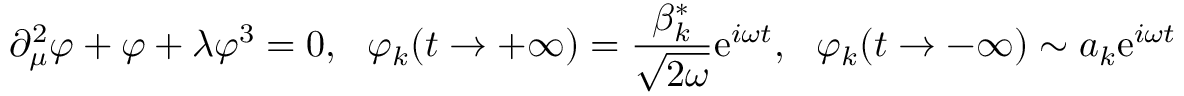
\partial _ { \mu } ^ { 2 } \varphi + \varphi + \lambda \varphi ^ { 3 } = 0 , \, \, \, \, \varphi _ { k } ( t \to + \infty ) = \frac { \beta _ { k } ^ { * } } { \sqrt { 2 \omega } } \mathrm { e } ^ { i \omega t } , \, \, \, \, \varphi _ { k } ( t \to - \infty ) \sim a _ { k } \mathrm { e } ^ { i \omega t }